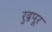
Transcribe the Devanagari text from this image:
रुद्रपूर